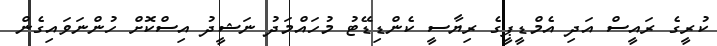
ކުރީގެ ރައީސް އަދި އެމްޑީޕީގެ ރިޔާސީ ކެންޑިޑޭޓު މުހައްމަދު ނަޝީދު އިސްކޮށް ހުންނަވައިގެން